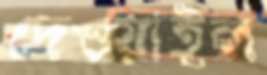
দেওয়াইল